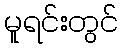
မူရင်းတွင်